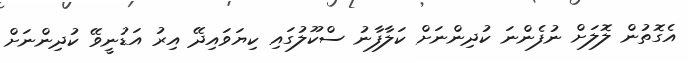
އެގޮތުން ލޮލަށް ނުފެންނަ ކުދިންނަށް ކަލާފާނު ސްކޫލުގައި ކިޔަވައިދޭ އިރު އަޑުނީވޭ ކުދިންނަށް